Elephants and their diseases
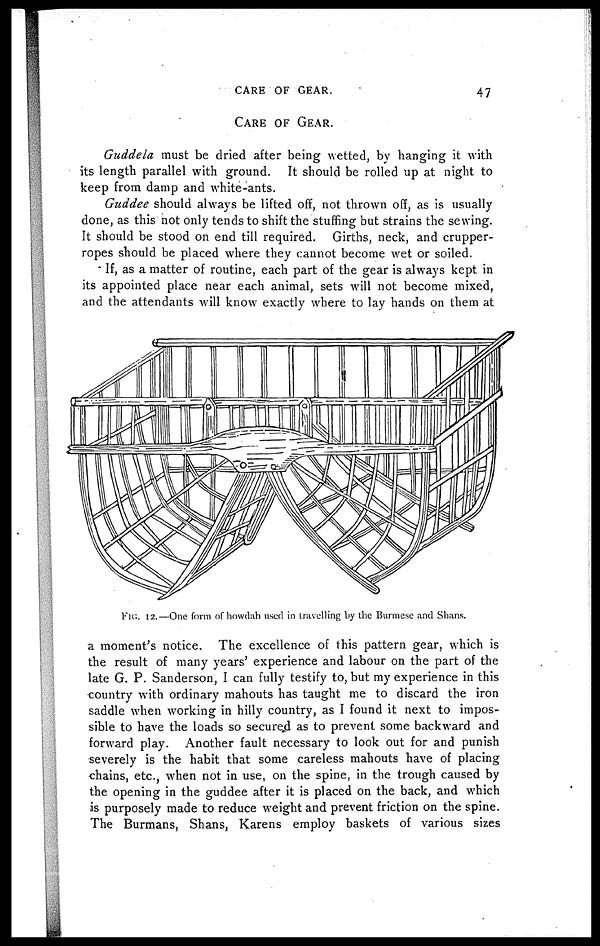
CARE OF GEAR.
47
CARE OF GEAR.
Guddela must be dried after being wetted, by hanging it with
its length parallel with ground. It should be rolled up at night to
keep from damp and white-ants.
Guddee should always be lifted off, not thrown off, as is usually
done, as this hot only tends to shift the stuffing but strains the sewing.
It should be stood on end till required. Girths, neck, and crupper-
ropes should be placed where they cannot become wet or soiled.
If, as a matter of routine, each part of the gear is always kept in
its appointed place near each animal, sets will not become mixed,
and the attendants will know exactly where to lay hands on them at
a moment's notice. The excellence of this pattern gear, which is
the result of many years' experience and labour on the part of the
late G. P. Sanderson, I can fully testify to, but my experience in this
country with ordinary mahouts has taught me to discard the iron
saddle when working in hilly country, as I found it next to impos-
sible to have the loads so secure,d as to prevent some backward and
forward play. Another fault necessary to look out for and punish
severely is the habit that some careless mahouts have of placing
chains, etc., when not in use, on the spine, in the trough caused by
the opening in the guddee after it is placed on the back, and which
is purposely made to reduce weight and prevent friction on the spine.
The Burmans, Shans, Karens employ baskets of various sizes
FIG. 12.—One form of howdah used in travelling by the Burmese and Shans.